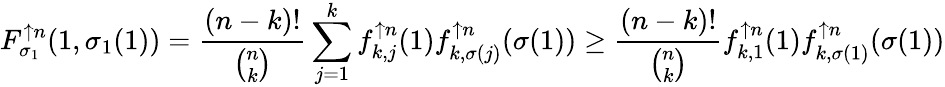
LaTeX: F_{\sigma_{1}}^{\uparrow n}(1,\sigma_{1}(1))=\frac{(n-k)!}{\binom{n}{k}}\sum_{j=1}^{k}f_{k,j}^{\uparrow n}(1)f_{k,\sigma(j)}^{\uparrow n}(\sigma(1))\geq\frac{(n-k)!}{\binom{n}{k}}f_{k,1}^{\uparrow n}(1)f_{k,\sigma(1)}^{\uparrow n}(\sigma(1))